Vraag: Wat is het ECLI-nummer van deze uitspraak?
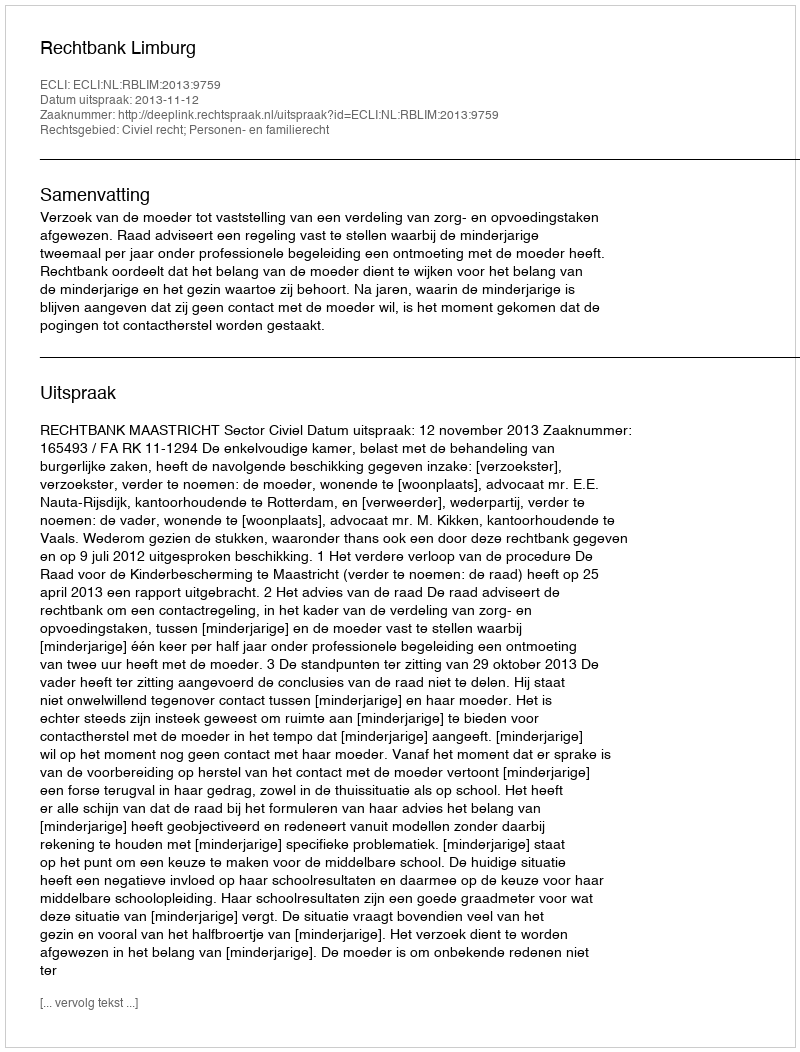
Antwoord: ECLI:NL:RBLIM:2013:9759